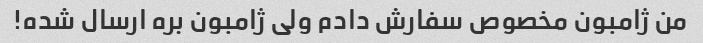
من ژامبون مخصوص سفارش دادم ولی ژامبون بره ارسال شده!